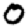
Digit: 0